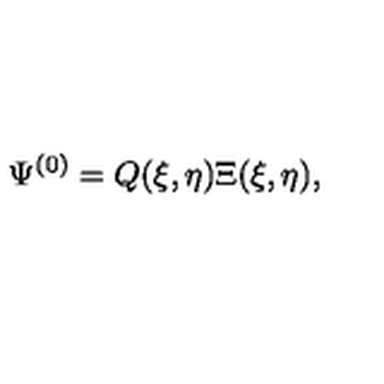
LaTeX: \Psi ^ { ( 0 ) } = Q ( \xi , \eta ) \Xi ( \xi , \eta ) ,